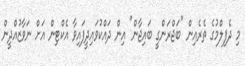
މި ދެފިލްމުގެ ތެރެއިން "ބަޖްރަންގީ ބައިޖާން" އިން ދައްކުވައިދީފައިވާ އެކްޓިން އަށް ނަވާޒުއްދީން